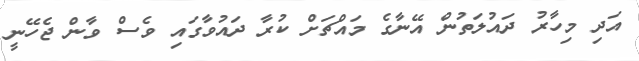
އަދި މިހާރު ދައުލަތުން އޭނާގެ މައްޗަށް ކުރާ ދައުވާގައި ވެސް ވާން ޖެހޭނީ